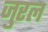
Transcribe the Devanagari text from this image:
जुरल